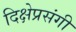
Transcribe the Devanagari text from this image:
दिक्षेप्रसंगी